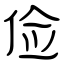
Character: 俭